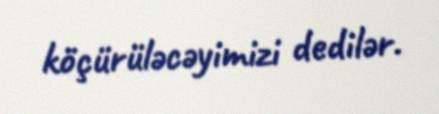
köçürüləcəyimizi dedilər.